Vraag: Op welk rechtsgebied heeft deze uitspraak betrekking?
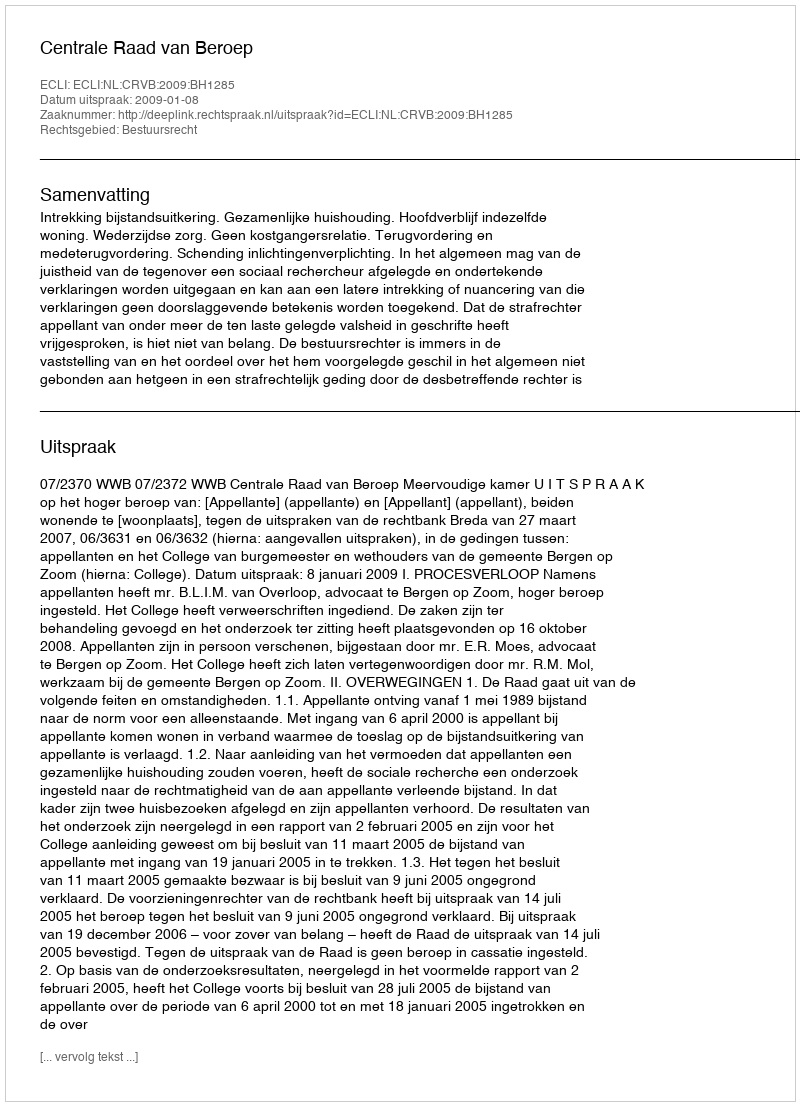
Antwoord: Bestuursrecht